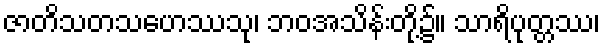
ဇာတိသတသဟေဿသု၊ ဘဝအသိန်းတို့၌။ သာရိပုတ္တဿ၊